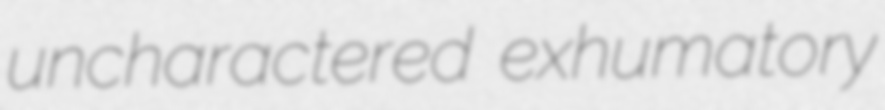
uncharactered exhumatory